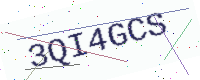
Text: 3QI4GCS